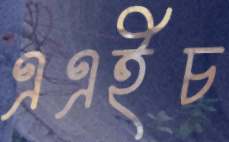
এএইচ